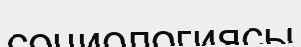
социологиясы